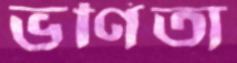
ভণিতা